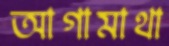
আগামাথা